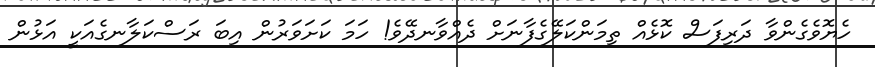
ހެޔޮވެގެންވާ ދަރިފަސް ކޮޅެއް ތިމަންކަލޭގެފާނަށް ދެއްވާނދޭވެ! ހަމަ ކަށަވަރުން އިބަ ރަސްކަލާނގެއަކީ އަޅުން